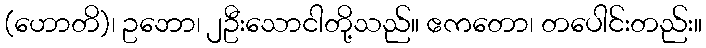
(ဟောတိ)၊ ဥဘော၊ ၂ဦးသောငါတို့သည်။ ဧကတော၊ တပေါင်းတည်း။